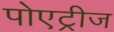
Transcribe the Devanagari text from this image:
पोएट्रीज